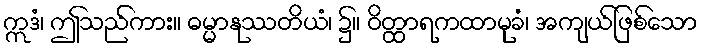
ဣဒံ၊ ဤသည်ကား။ ဓမ္မာနုဿတိယံ၊ ၌။ ဝိတ္ထာရကထာမုခံ၊ အကျယ်ဖြစ်သော